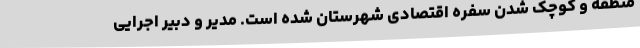
منطقه و کوچک شدن سفره اقتصادی شهرستان شده است. مدیر و دبیر اجرایی